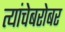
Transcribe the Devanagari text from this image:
त्यांचेबरोबर